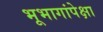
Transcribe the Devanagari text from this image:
भूभागांपेक्षा